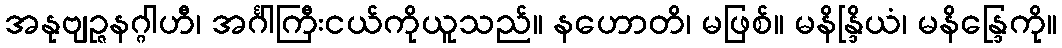
အနုဗျဉ္ဇနဂ္ဂါဟီ၊ အင်္ဂါကြီးငယ်ကိုယူသည်။ နဟောတိ၊ မဖြစ်။ မနိန္ဒြိယံ၊ မနိန္ဒြေကို။